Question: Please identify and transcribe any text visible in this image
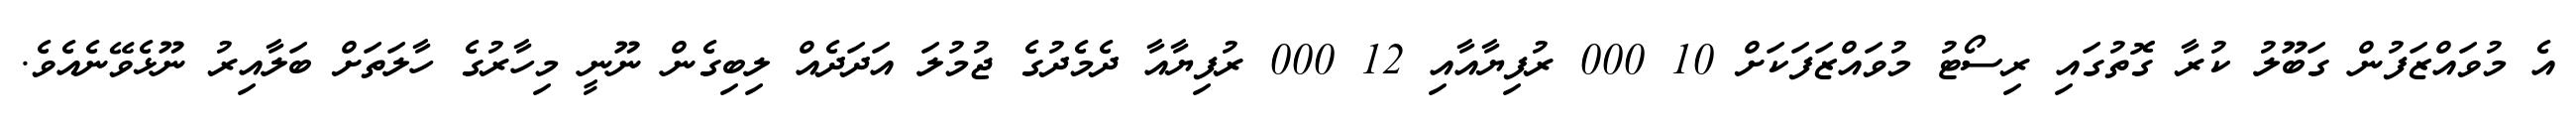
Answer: އެ މުވައްޒަފުން ގަބޫލު ކުރާ ގޮތުގައި ރިސޯޓު މުވައްޒަފަކަށް 10 000 ރުފިޔާއާއި 12 000 ރުފިޔާއާ ދެމެދުގެ ޖުމުލަ އަދަދެއް ލިބިގެން ނޫނީ މިހާރުގެ ހާލަތަށް ބަލާއިރު ނޫޅެވޭނެއެވެ.